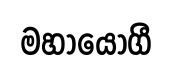
මහායෝගී